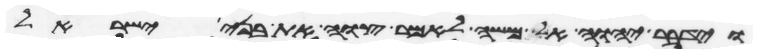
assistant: וידבר יהוה אל משה לאמר צוי את בני ישראל